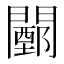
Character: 𨶵